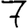
Digit: 7